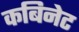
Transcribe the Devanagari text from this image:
कबिनेट